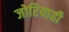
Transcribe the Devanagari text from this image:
जोरियाही